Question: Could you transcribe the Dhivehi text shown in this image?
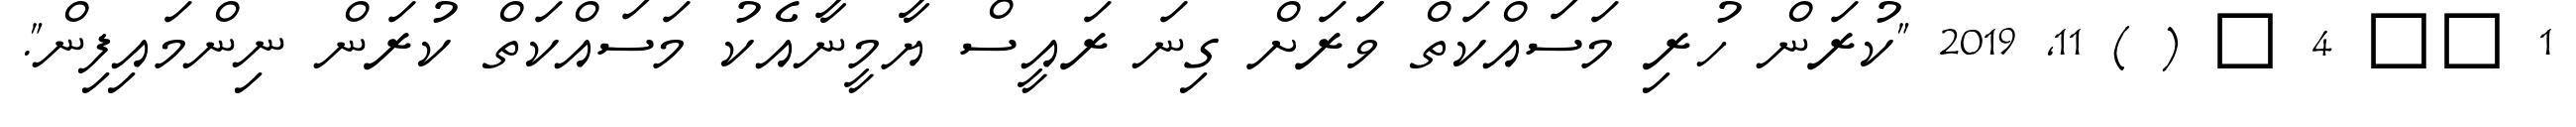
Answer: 1 ?? 4 ? ( ) 11, 2019 "ކުރަން ހުރި މަސައްކަތް ވަަރަށް ގިނަ ރައީސް ޔާމީނާއެކު މަސައްކަތް ކުރަން ނިންމައިފިން".